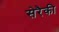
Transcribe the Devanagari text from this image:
सेरैकी